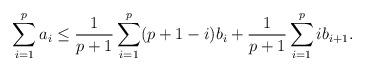
LaTeX: \begin{align*}\sum_{i=1}^{p} a_i \leq \frac{1}{p+1} \sum_{i=1}^{p} (p+1 - i) b_i + \frac{1}{p+1}\sum_{i=1}^{p} i b_{i+1}.\end{align*}